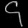
Digit: ၄